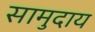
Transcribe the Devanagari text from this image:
सामुदाय